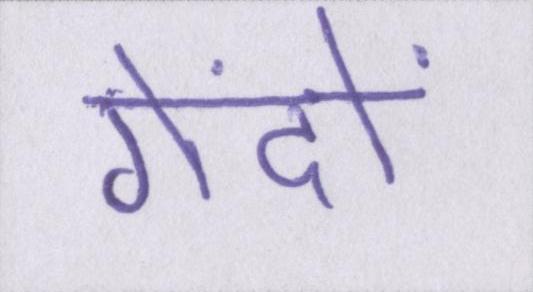
गेंदों